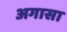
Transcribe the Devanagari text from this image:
अगासा